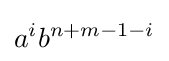
a^{i}b^{n+m-1-i}